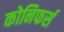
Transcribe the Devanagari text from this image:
कोनिफर्स